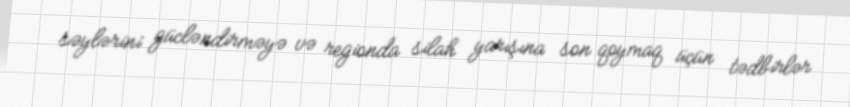
səylərini gücləndirməyə və regionda silah yarışına son qoymaq üçün tədbirlər